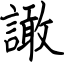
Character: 譀